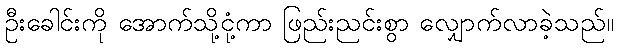
ဦးခေါင်းကို အောက်သို့ငုံ့ကာ ဖြည်းညင်းစွာ လျှောက်လာခဲ့သည်။